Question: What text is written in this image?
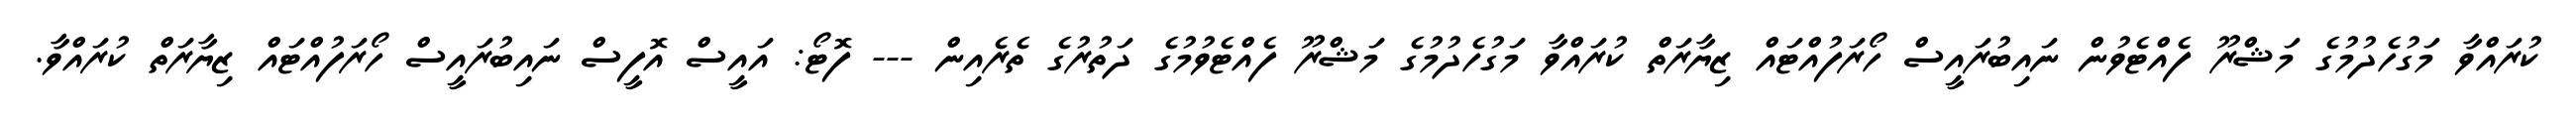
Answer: ކުރައްވާ މަގުހެދުމުގެ މަޝްރޫ ފެއްޓެވުން ނައިބުރައީސް ހޯރަފުއްޓައް ޒިޔާރަތް ކުރައްވާ މަގުހެދުމުގެ މަޝްރޫ ފެއްޓެވުމުގެ ދަތުރުގެ ތެރެއިން --- ފޮޓޯ: އައީސް އޮފީސް ނައިބުރައީސް ހޯރަފުއްޓައް ޒިޔާރަތް ކުރައްވާ.